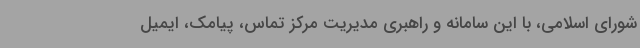
شورای اسلامی، با این سامانه و راهبری مدیریت مرکز تماس، پیامک، ایمیل